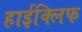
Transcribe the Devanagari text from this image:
हाईक्लिफ